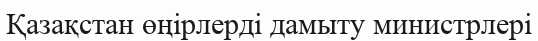
Қазақстан өңірлерді дамыту министрлері